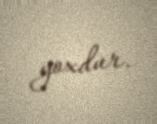
yoxdur.